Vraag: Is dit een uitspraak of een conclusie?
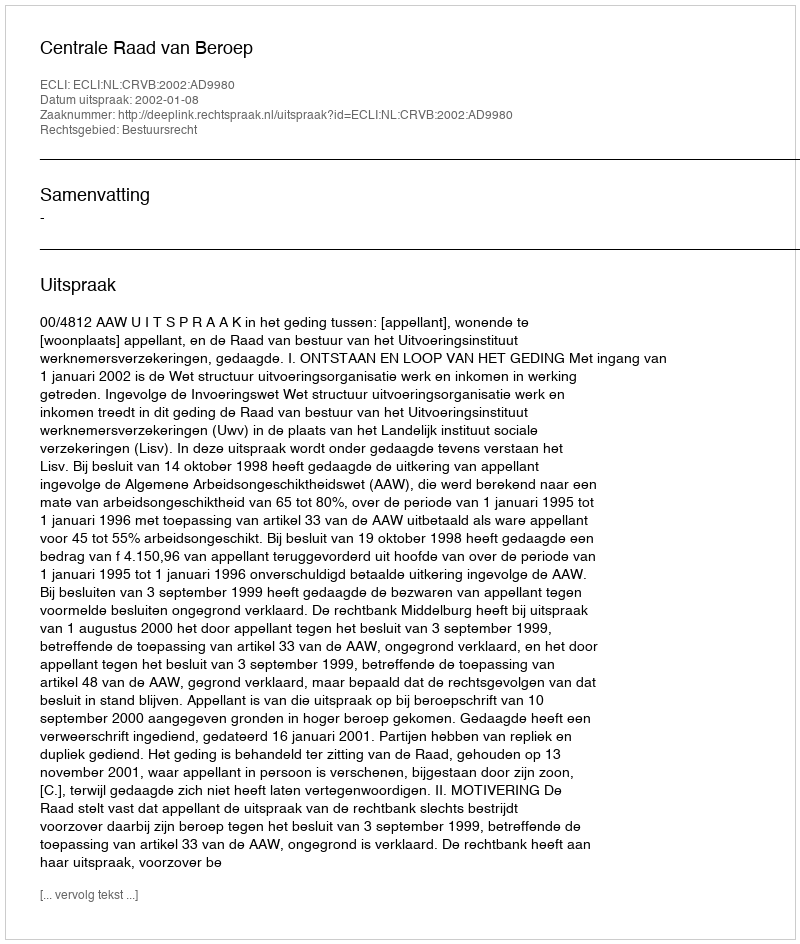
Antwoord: Uitspraak